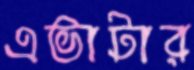
এভাটার